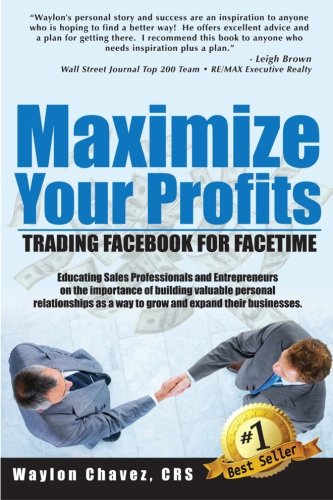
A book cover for Maximize Your Profits: Trading Facebook for Facetime; Waylon Chavez CRS; Business & Money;